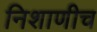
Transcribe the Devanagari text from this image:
निशाणीच